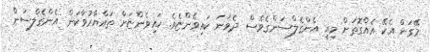
މޭގަން އެކޭ އެއްގޮތަށް މިއީ އެންގެލްސަންގެވެސް ދެވަނަ ކައިވެންޏެވެ. ކައިވެންޏަށް ތައްޔާރުވާކަން އެންގެލްސަން